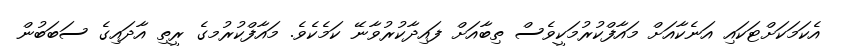
އެކަމަކަށްޓަކައި އަނެކާއަށް މައާފްކުރުމަކީވެސް ތިބާއަށް ފައިދާކުރުވާނޭ ކަމެކެވެ. މައާފްކުރުމގެ ރީތި އާދައިގެ ސަބަބުން